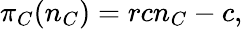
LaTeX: \pi_{C}(n_{C})=rcn_{C}-c,